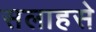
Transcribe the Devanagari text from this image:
सलाहसे